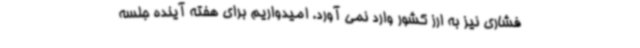
فشاری نیز به ارز کشور وارد نمی آورد. امیدواریم برای هفته آینده جلسه